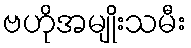
ဗဟိုအမျိုးသမီး